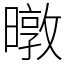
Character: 暾